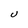
Character: U